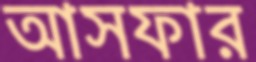
আসফার